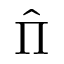
\hat { \Pi }